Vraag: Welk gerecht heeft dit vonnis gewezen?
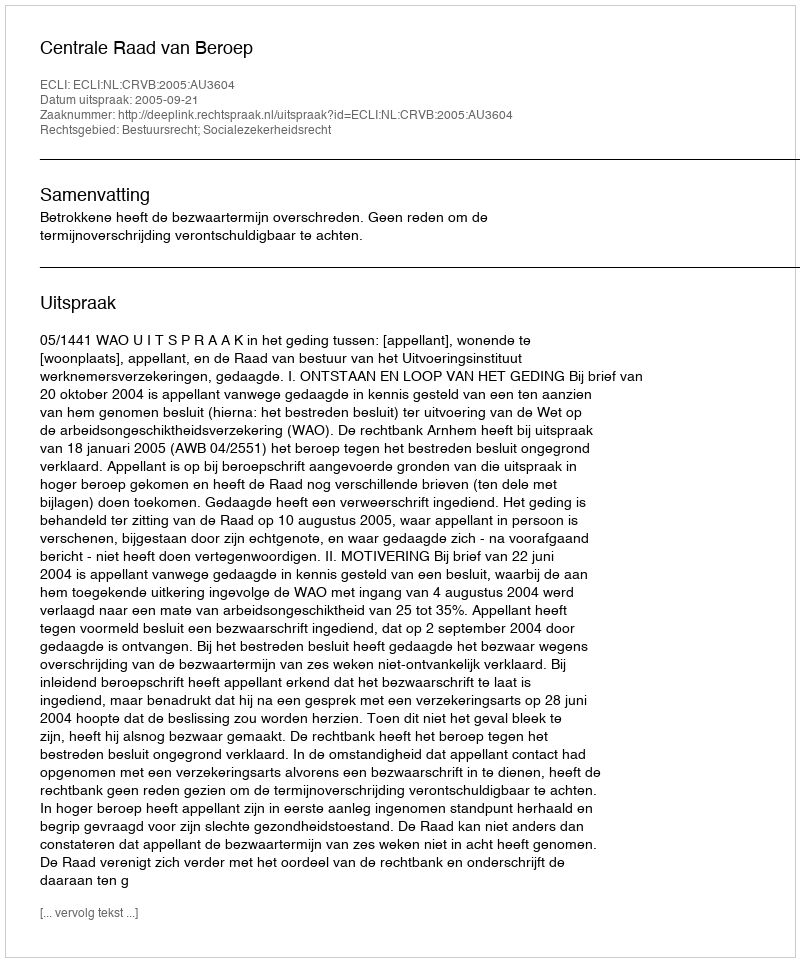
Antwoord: Centrale Raad van Beroep